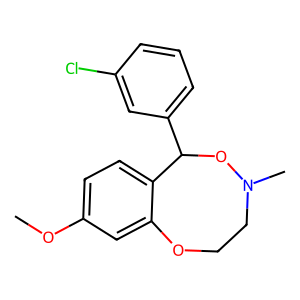
SMILES: COc1ccc2c(c1)OCCN(C)OC2c1cccc(Cl)c1
Inhibits HIV replication: No